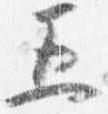
五